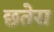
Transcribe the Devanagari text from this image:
छतेरा